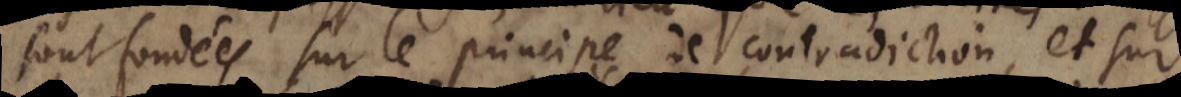
sont fondées sur le principe de contradiction, et sur